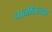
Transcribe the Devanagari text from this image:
चाळीतल्या